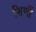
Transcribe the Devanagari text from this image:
शिर्णी